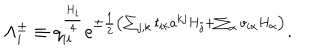
\Lambda _ { i } ^ { \pm } \equiv q _ { i i } ^ { \frac { H _ { i } } { 4 } } e ^ { \pm { \frac { 1 } { 2 } } \left( \sum _ { j , k } t _ { i k } a ^ { k j } H _ { j } + \sum _ { \alpha } v _ { i \alpha } H _ { \alpha } \right) } .